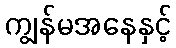
ကျွန်မအနေနှင့်